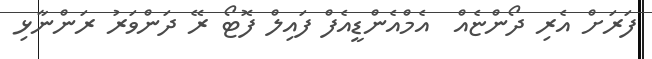
ފަރަށް އެރި ދޯންޏެއް  އެމްއެންޑީއެފް ފައިލް ފޮޓޯ ރޭ ދަންވަރު ރަންނާޅި